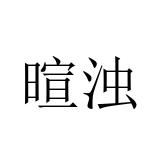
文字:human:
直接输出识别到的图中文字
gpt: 暄浊